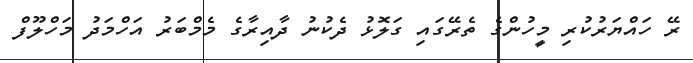
ރޭ ހައްޔަރުކުރި މީހުންގެ ތެރޭގައި ގަލޮޅު ދެކުނު ދާއިރާގެ މެމްބަރު އަހްމަދު މަހްލޫފް